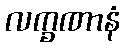
လက္ခဏာနံ